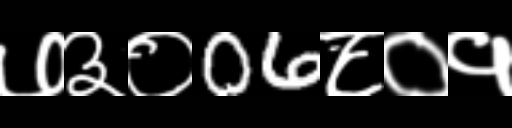
Text: ७३०06८०१